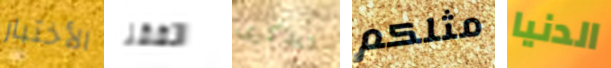
الأختبار اتفقنا تتذكرى مثلكم الدنيا